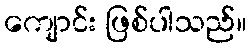
ကျောင်း ဖြစ်ပါသည်။